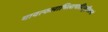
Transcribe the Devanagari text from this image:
यावत्फलाभिलाषादिगृहीतानां